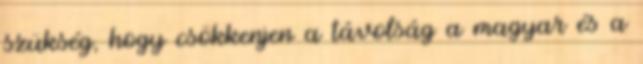
szükség, hogy csökkenjen a távolság a magyar és a